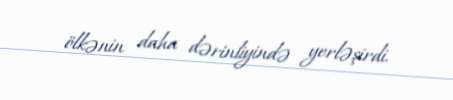
ölkənin daha dərinliyində yerləşirdi.